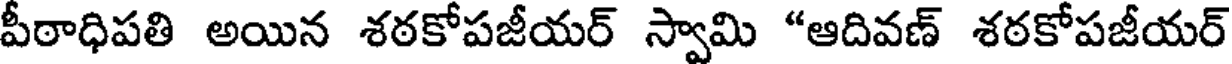
పీఠాధిపతి అయిన శఠకోపజీయర్ స్వామి "ఆదివణ్ శఠకోపజీయర్